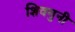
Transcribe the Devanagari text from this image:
शिवमुनी